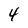
Character: 4